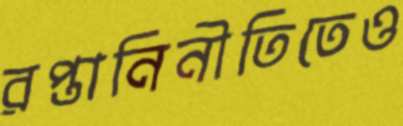
রপ্তানিনীতিতেও